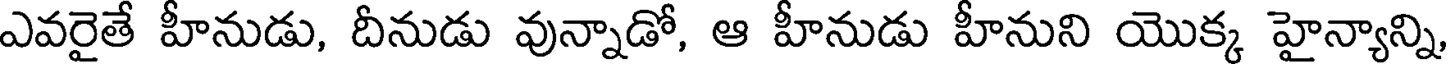
ఎవరైతే హీనుడు, దీనుడు వున్నాడో, ఆ హీనుడు హీనుని యొక్క హైన్యాన్ని